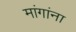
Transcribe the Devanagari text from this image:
मांगांना